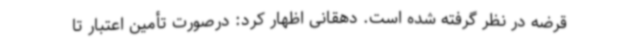
قرضه در نظر گرفته شده است. دهقانی اظهار کرد: درصورت تأمین اعتبار تا